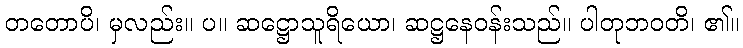
တတောပိ၊ မှလည်း။ ပ။ ဆဋ္ဌောသူရိယော၊ ဆဋ္ဌနေဝန်းသည်။ ပါတုဘဝတိ၊ ၏။